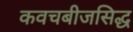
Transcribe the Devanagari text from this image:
कवचबीजसिद्ध